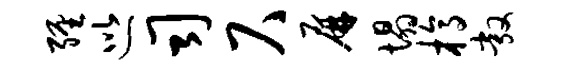
缠巡司尺屏塌槁敞